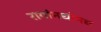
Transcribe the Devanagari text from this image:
रागांमधोमध